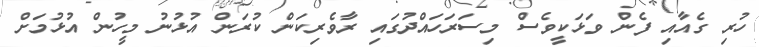
ހުރި ގެއާއި ފެން ވަޅަކީވެސް މިސަރަހައްދުގައި ރާވެރިކަން ކުރަން އުޅުނު މީހުން އުޅުމަށް